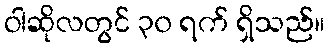
ဝါဆိုလတွင် ၃၀ ရက် ရှိသည်။